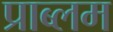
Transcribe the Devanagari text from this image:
प्राब्लम